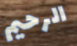
الرحيم